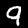
Digit: 9